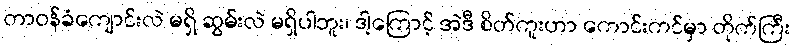
တာဝန်ခံကျောင်းလဲ မရှိ ဆွမ်းလဲ မရှိပါဘူး၊ ဒါ့ကြောင့် အဲဒီ စိတ်ကူးဟာ ကောင်းကင်မှာ တိုက်ကြီး